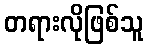
တရားလိုဖြစ်သူ